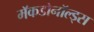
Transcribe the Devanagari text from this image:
मॅकडोनॉल्ड्स